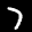
Label: 7